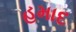
હમાદ